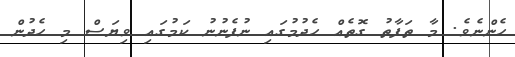
ހެންނެވެ. މާ ތަފާތު ގޮތެއް ހެދުމުގައި ނުފެނުނު ކަމުގައި ވިޔަސް މި ހެދުން